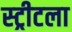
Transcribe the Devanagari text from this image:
स्ट्रीटला